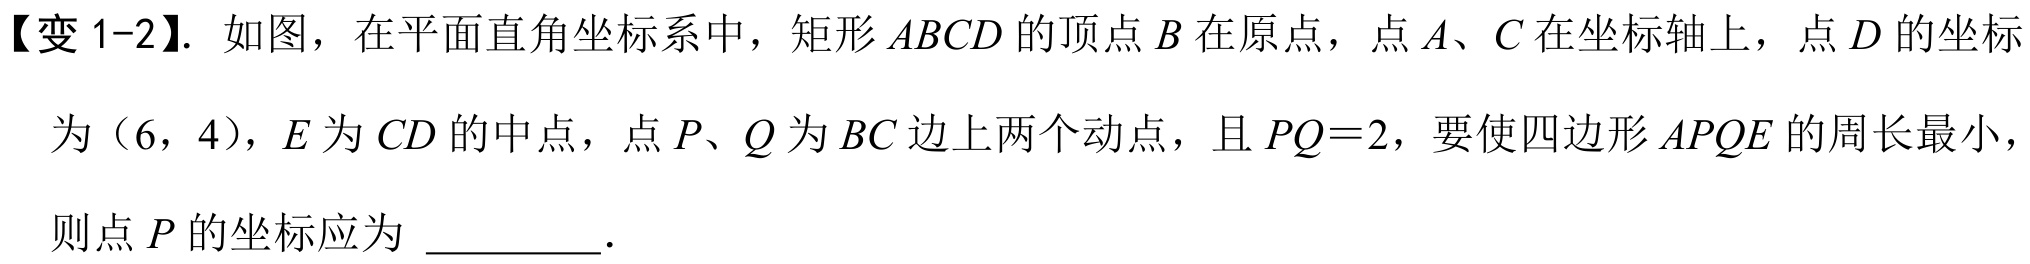
【变1-2】. 如图，在平面直角坐标系中，矩形 \(ABCD\) 的顶点 \(B\) 在原点，点 \(A\)、\(C\) 在坐标轴上，点 \(D\) 的坐标
为 \((6,4)\)，\(E\) 为 \(CD\) 的中点，点 \(P\)、\(Q\) 为 \(BC\) 边上两个动点，且 \(PQ = 2\)，要使四边形 \(APQE\) 的周长最小，
则点 \(P\) 的坐标应为 \(\underline{\quad\quad}\).